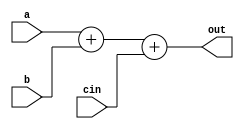
module alu_5(a,b,cin,out);
	input [3:0] a;
	input [3:0] b;
	input cin;
	output [3:0] out;
	assign out = a + b + cin;
endmodule